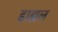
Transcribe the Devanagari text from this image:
डाह्यल